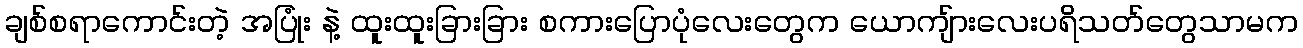
ချစ်စရာကောင်းတဲ့ အပြုံး နဲ့ ထူးထူးခြားခြား စကားပြောပုံလေးတွေက ယောကျ်ားလေးပရိသတ်တွေသာမက